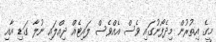
މީގެ އިތުރުން މިދެފޯނުގައި ވެސް އެއްވެސް ލައިޓެއް ދިއްލައި ނުލާ ގަޑި އާއި